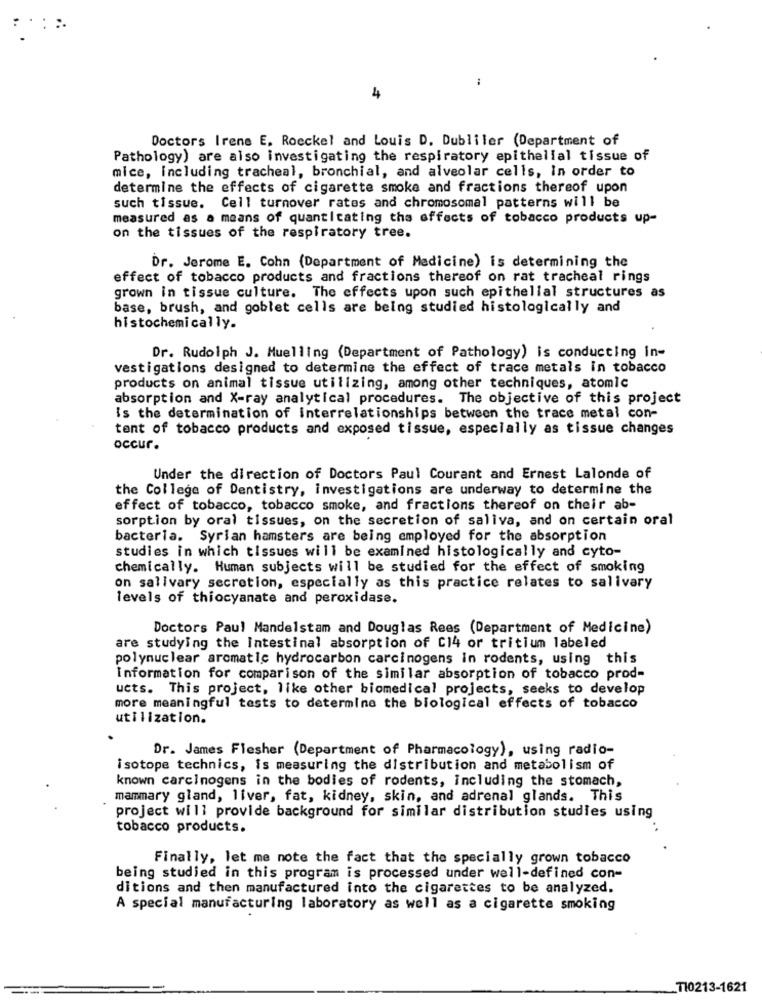
4
Doctors Irene E. Roeckel and Louis D. Dubliler (Department of
Pathology) are also investigating the respiratory epithelial tissue of
mice, including tracheal, bronchial, and alveolar cells, in order to
determine the effects of cigarette smoke and fractions thereof upon
such tissue. Cell turnover rates and chromosomal patterns will be
measured as a means of quantitating the effects of tobacco products up-
on the tissues of the respiratory tree.
Dr. Jerome E. Cohn (Department of Medicine) is determining the
effect of tobacco products and fractions thereof on rat tracheal rings
grown in tissue culture. The effects upon such epithelial structures as
base, brush, and goblet cells are being studied histologically and
histochemically.
Dr. Rudolph J. Muelling (Department of Pathology) is conducting in-
vestigations designed to determine the effect of trace metals in tobacco
products on animal tissue utilizing, among other techniques, atomic
absorption and X-ray analytical procedures. The objective of this project
Is the determination of Interrelationships between the trace metal con-
tent of tobacco products and exposed tissue, especially as tissue changes
occur.
Under the direction of Doctors Paul Courant and Ernest Lalonde of
the College of Dentistry, investigations are underway to determine the
effect of tobacco, tobacco smoke, and fractions thereof on their ab-
sorption by oral tissues, on the secretion of saliva, and on certain oral
bacteria. Syrian hamsters are being employed for the absorption
studies in which tissues will be examined histologically and cyto-
chemically. Human subjects will be studied for the effect of smoking
on salivary secretion, especially as this practice relates to salivary
levels of thiocyanate and peroxidase.
Doctors Paul Mandelstam and Douglas Rees (Department of Medicine)
are studying the Intestinal absorption of Cl4 or tritium labeled
polynuclear aromatic hydrocarbon carcinogens in rodents, using this
Information for comparison of the similar absorption of tobacco prod-
ucts. This project, like other biomedical projects, seeks to develop
more meaningful tests to determine the biological effects of tobacco
utilization.
Dr. James Flesher (Department of Pharmacology), using radio-
isotope technics, is measuring the distribution and metabolism of
known carcinogens in the bodies of rodents, including the stomach,
mammary gland, liver, fat, kidney, skin, and adrenal glands. This
project will provide background for similar distribution studies using
tobacco products.
Finally, let me note the fact that the specially grown tobacco
being studied in this program is processed under well-defined con-
ditions and then manufactured into the cigarettes to be analyzed.
A special manufacturing laboratory as well as a cigarette smoking
TI0213-1621